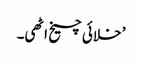
’ خلائی چیخ اٹھی۔